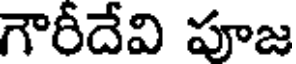
గౌరీదేవి పూజ